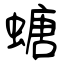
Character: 螗